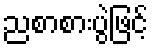
ညစာစားပွဲဖြင့်